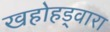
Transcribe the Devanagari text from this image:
खहोहड्वारा